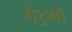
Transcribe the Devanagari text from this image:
पेट्रनों